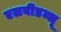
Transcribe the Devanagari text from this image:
एलबीडब्लू